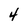
Character: 4